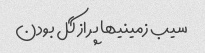
سیب زمینیها پر از گل بودن